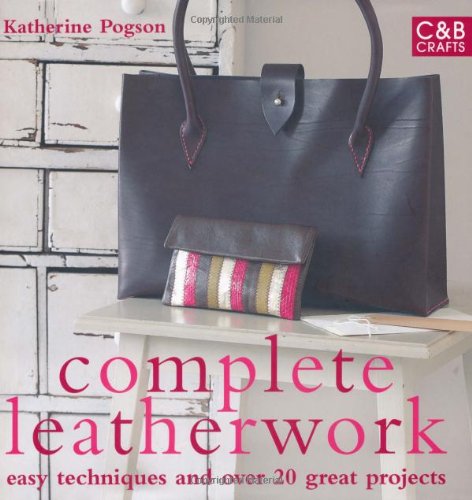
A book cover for Complete Leatherwork: Easy Techniques and Over 20 Great Projects (Complete Craft Series); Katherine Pogson; Crafts, Hobbies & Home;